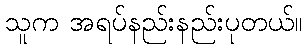
သူက အရပ်နည်းနည်းပုတယ်။